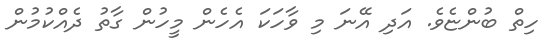
ހިތް ބުންޏެވެ. އަދި އޭނަ މި ވާހަކަ އެހެން މީހުން ގާތު ދެއްކުމުން